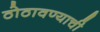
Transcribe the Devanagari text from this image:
ठोठावण्याची